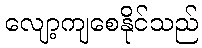
လျော့ကျစေနိုင်သည်